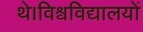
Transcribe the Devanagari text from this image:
थे।विश्वविद्यालयों